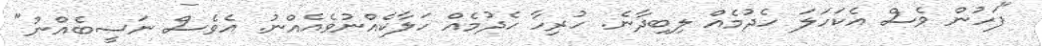
"ފަހުން ވެސް އެކަހަލަ ހެދުމެއް ލިބިދާނެ. ހުރިހާ ހެދުމެއް ހަލާކެއްނުވެއެއްނު. އެވެސް ނަސީބެއްނު"